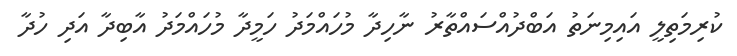
ކުރިމަތިލީ އައިމިނަތު އަބްދުއްސައްތާރު ނާހިދާ މުހައްމަދު ހަމީދާ މުހައްމަދު އާބިދާ އަދި ހުދާ